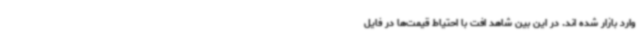
وارد بازار شده اند. در این بین شاهد افت با احتیاط قیمت‌ها در فایل